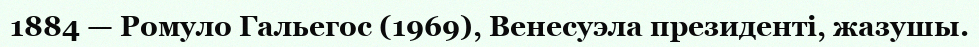
1884 — Ромуло Гальегос (1969), Венесуэла президенті, жазушы.